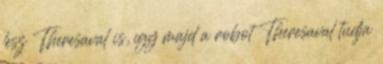
lesz Theresaval is, így majd a robot Theresaval tudja